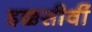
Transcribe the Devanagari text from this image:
इक्कसीवीं